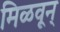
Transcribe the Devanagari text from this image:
मिळवून्